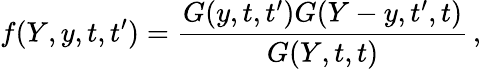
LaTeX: f(Y,y,t,t^{\prime})=\frac{G(y,t,t^{\prime})G(Y-y,t^{\prime},t)}{G(Y,t,t)}\, ,